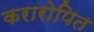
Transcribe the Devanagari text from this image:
करारोपित